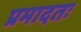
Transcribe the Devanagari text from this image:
प्रमादतः